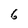
Character: 6